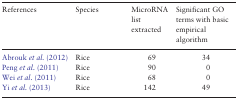
| References | Species | MicroRNA list extracted | Significant GO terms with basic empirical algorithm |
 | --- | --- | --- | --- |
 | Abrouk et al. (2012) | Rice | 69 | 34 |
 | Peng et al. (2011) | Rice | 90 | 0 |
 | Wei et al. (2011) | Rice | 68 | 0 |
 | Yi et al. (2013) | Rice | 142 | 49 |